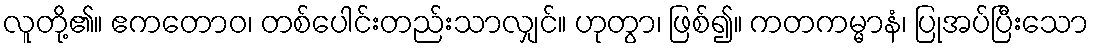
လူတို့၏။ ဧကတောဝ၊ တစ်ပေါင်းတည်းသာလျှင်။ ဟုတွာ၊ ဖြစ်၍။ ကတကမ္မာနံ၊ ပြုအပ်ပြီးသော